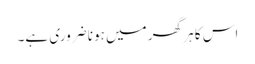
اس کا ہر گھر میں ہونا ضروری ہے۔